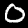
Digit: 0